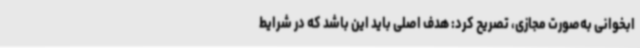
ابخوانی به‌صورت مجازی، تصریح کرد: هدف اصلی باید این باشد که در شرایط